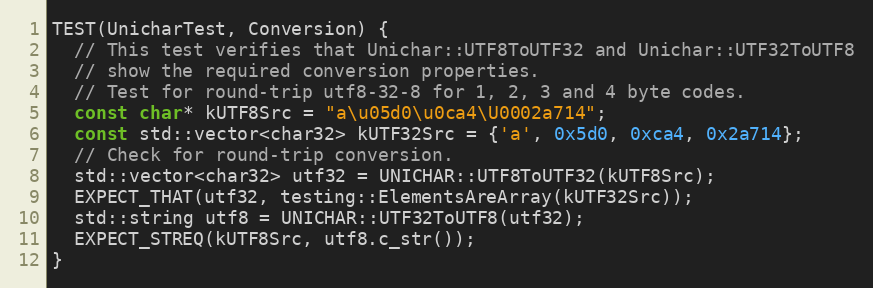
Language: C++
TEST(UnicharTest, Conversion) {
  // This test verifies that Unichar::UTF8ToUTF32 and Unichar::UTF32ToUTF8
  // show the required conversion properties.
  // Test for round-trip utf8-32-8 for 1, 2, 3 and 4 byte codes.
  const char* kUTF8Src = "a\u05d0\u0ca4\U0002a714";
  const std::vector<char32> kUTF32Src = {'a', 0x5d0, 0xca4, 0x2a714};
  // Check for round-trip conversion.
  std::vector<char32> utf32 = UNICHAR::UTF8ToUTF32(kUTF8Src);
  EXPECT_THAT(utf32, testing::ElementsAreArray(kUTF32Src));
  std::string utf8 = UNICHAR::UTF32ToUTF8(utf32);
  EXPECT_STREQ(kUTF8Src, utf8.c_str());
}